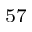
^ { 5 7 }